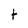
Character: t